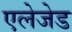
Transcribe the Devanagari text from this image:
एलेजेड